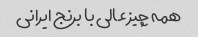
همه چیز عالی با برنج ایرانی